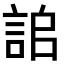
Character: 𧧆